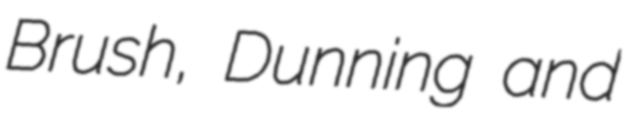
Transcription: Brush, Dunning and